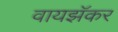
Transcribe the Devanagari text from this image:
वायझॅकर